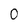
Character: 0